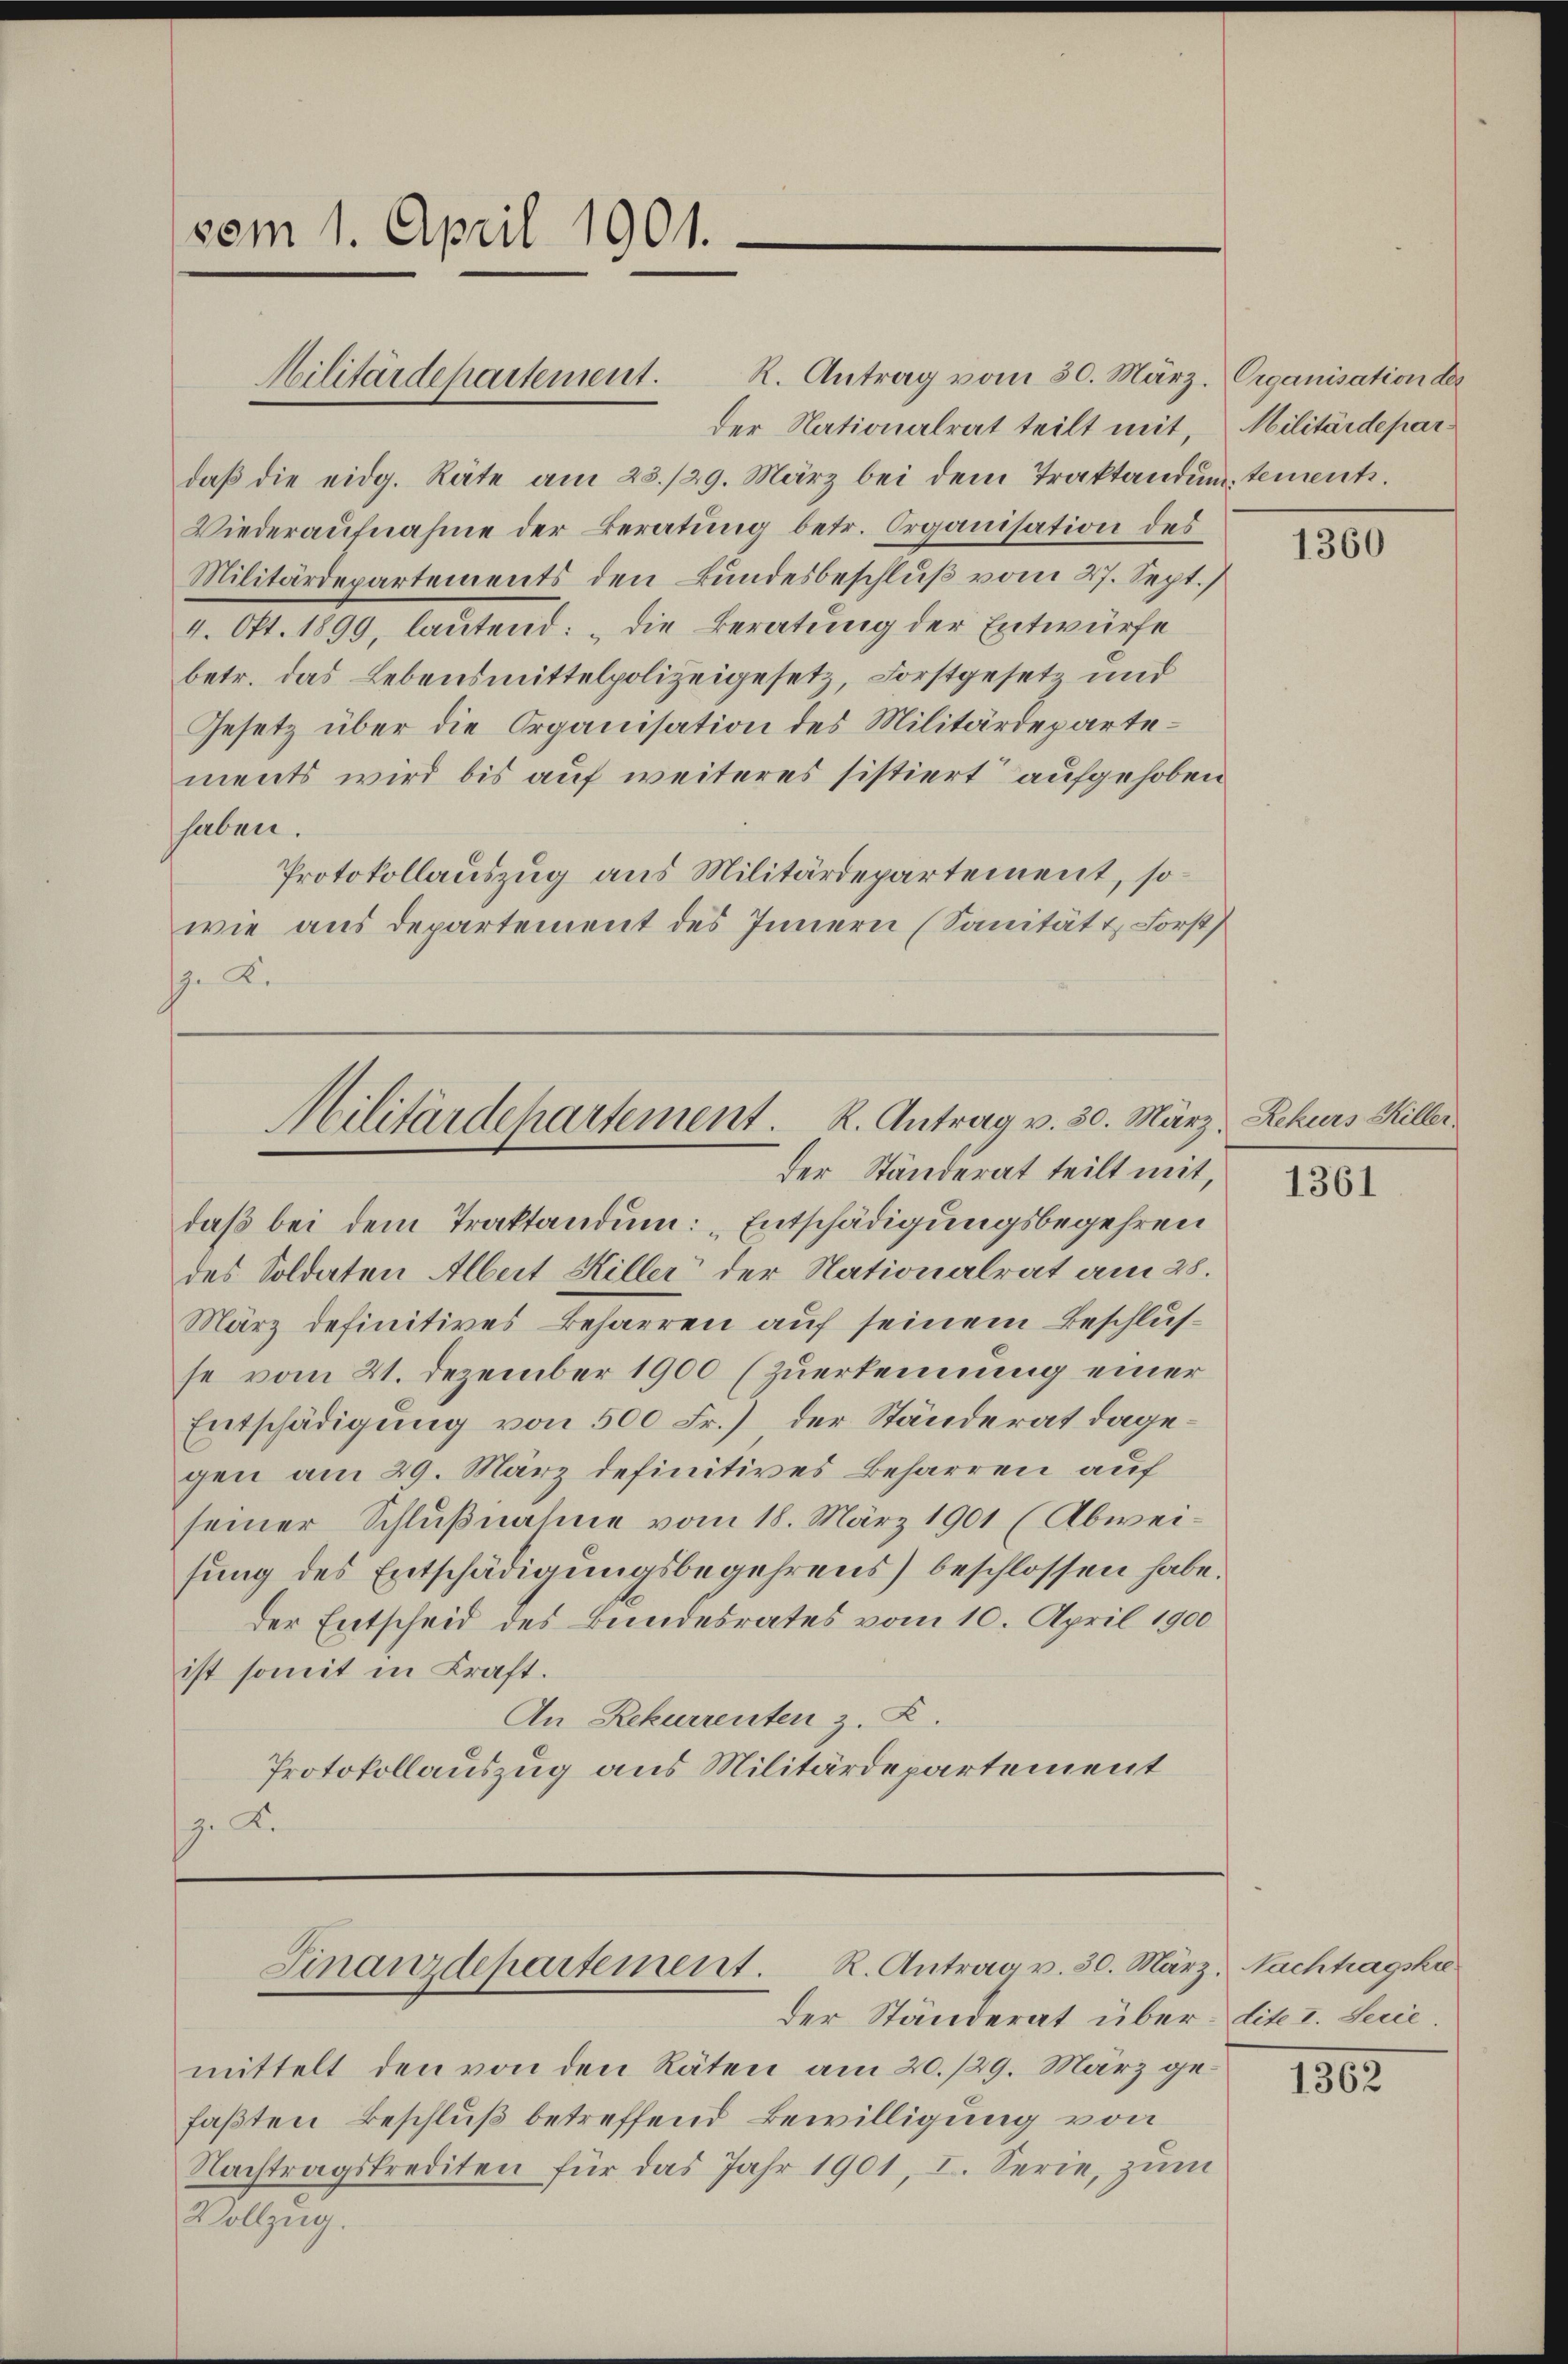
vom 1. April 1901.

Militärdepartement. K. Antrag vom 30. März. Organisation der
der Nationalrat teilt mit, Militärdepardaβ die eidg. Räte am 23./29. März bei dem Traktandum tements.
Wiederaufnahme der Beratung betr. Organisation des
Militärdepartements den Bundesbeschluß vom 27. Sept.)
4. Okt. 1899, lautend: „die Beratung der Entwürfe
betr. das Lebensmittelpolizeigesetz, Forstgesetz und
Gesetz über die Organisation des Militärdepartements wird bis auf weiteres sistiert aufgehoben
haben.
Protokollauszug aus Militärdepartement, so
wie aus departement des Innern (Sanität u. Forst
. K.

Militärdepartement. R. Antrag v. 30. März, Rekurs Hiller.
der Ständerat teilt mit,

daß bei dem Traktandum: „Entschädigungsbegehren
des Soldaten Albert Hiller der Nationalrat am 28.
März definitives Beharren auf seinem Beschlusse vom 21. Dezember 1900 (Zuerkennung einer
Entschädigung von 500 Fr.) der Ständerat dagegen am 29. März definitives Beharren auf
seiner Schlußnahme vom 18. März 1901 (Abweisung des Entschädigungsbegehrens) beschlossen habe.
der Entscheid des Bundesrates vom 10. April 1900
ist somit in Kraft.
An Rekurrenten z. Z.
Protokollauszug aus Militärdepartement
z. R.

Finanzdepartement. R. Antrag v. 30. Ma

der Ständerat überdite I. Serie
mittelt den von den Räten am 20./29. März gefaßten Beschluß betreffend Bewilligung von
Nachtragskrediten für das Jahr 1901, I. Serie, zum
Vollzug.

1360

1361

rz. Nachtragski

1362